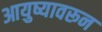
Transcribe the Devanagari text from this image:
आयुष्यावरून